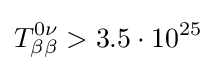
T_{\beta \beta }^{0\nu }>3.5\cdot 10^{25}